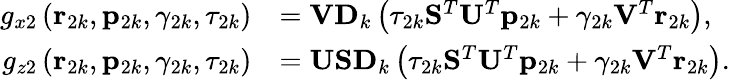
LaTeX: \begin{array}{rl}{g_{x2}\left(\mathbf{r}_{2k},\mathbf{p}_{2k},\gamma_{2k},\tau_{2k}\right)}&{=\mathbf{V}\mathbf{D}_{k}\left(\tau_{2k}\mathbf{S}^{T}\mathbf{U}^{T}\mathbf{p}_{2k}+\gamma_{2k}\mathbf{V}^{T}\mathbf{r}_{2k}\right),}\\ {g_{z2}\left(\mathbf{r}_{2k},\mathbf{p}_{2k},\gamma_{2k},\tau_{2k}\right)}&{=\mathbf{U}\mathbf{S}\mathbf{D}_{k}\left(\tau_{2k}\mathbf{S}^{T}\mathbf{U}^{T}\mathbf{p}_{2k}+\gamma_{2k}\mathbf{V}^{T}\mathbf{r}_{2k}\right).}\end{array}